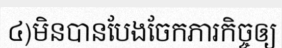
៤)មិនបានបែងចែកភារកិច្ចឲ្យ